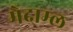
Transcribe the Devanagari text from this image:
मेदाम्ल